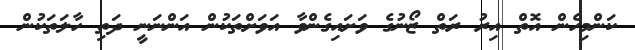
ކަންމިހެން އޮތް އިރު ރަތް ޒޯނުގެ ވަށައިގެންވާ އަވަށްތަކުން އަންނަނީ ދަތި ހާލަތަކުން